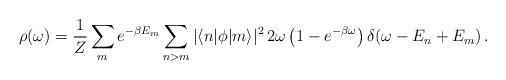
\begin{align*}\rho(\omega) = {1 \over Z} \sum_m e^{-\beta E_m} \sum_{n > m} \vert\langle n\vert \phi \vert m\rangle \vert^2 \, 2\omega \left(1 - e^{-\beta \omega}\right) \delta(\omega-E_n+E_m)\,.\end{align*}